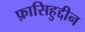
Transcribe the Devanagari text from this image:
फ़ासिहुद्दीन